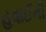
હવાઈની